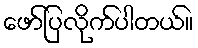
ဖော်ပြလိုက်ပါတယ်။